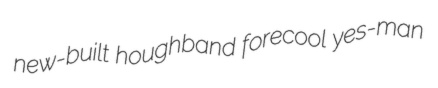
new-built houghband forecool yes-man